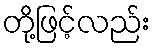
တို့ဖြင့်လည်း